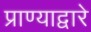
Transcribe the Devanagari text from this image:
प्राण्याद्वारे